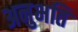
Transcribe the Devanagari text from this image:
अनुभति